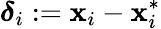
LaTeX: {{\boldsymbol{\delta}}_{i}:={\mathbf x}_{i}-{\mathbf x}_{i}^{*}}